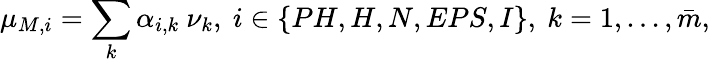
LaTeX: \mu_{M,i}=\sum_{k}\alpha_{i,k}\ \nu_{k},\ i\in\{ PH,H,N,EPS,I\} ,\ k=1,...,\bar{m},